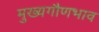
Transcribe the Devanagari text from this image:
मुख्यगौणभाव